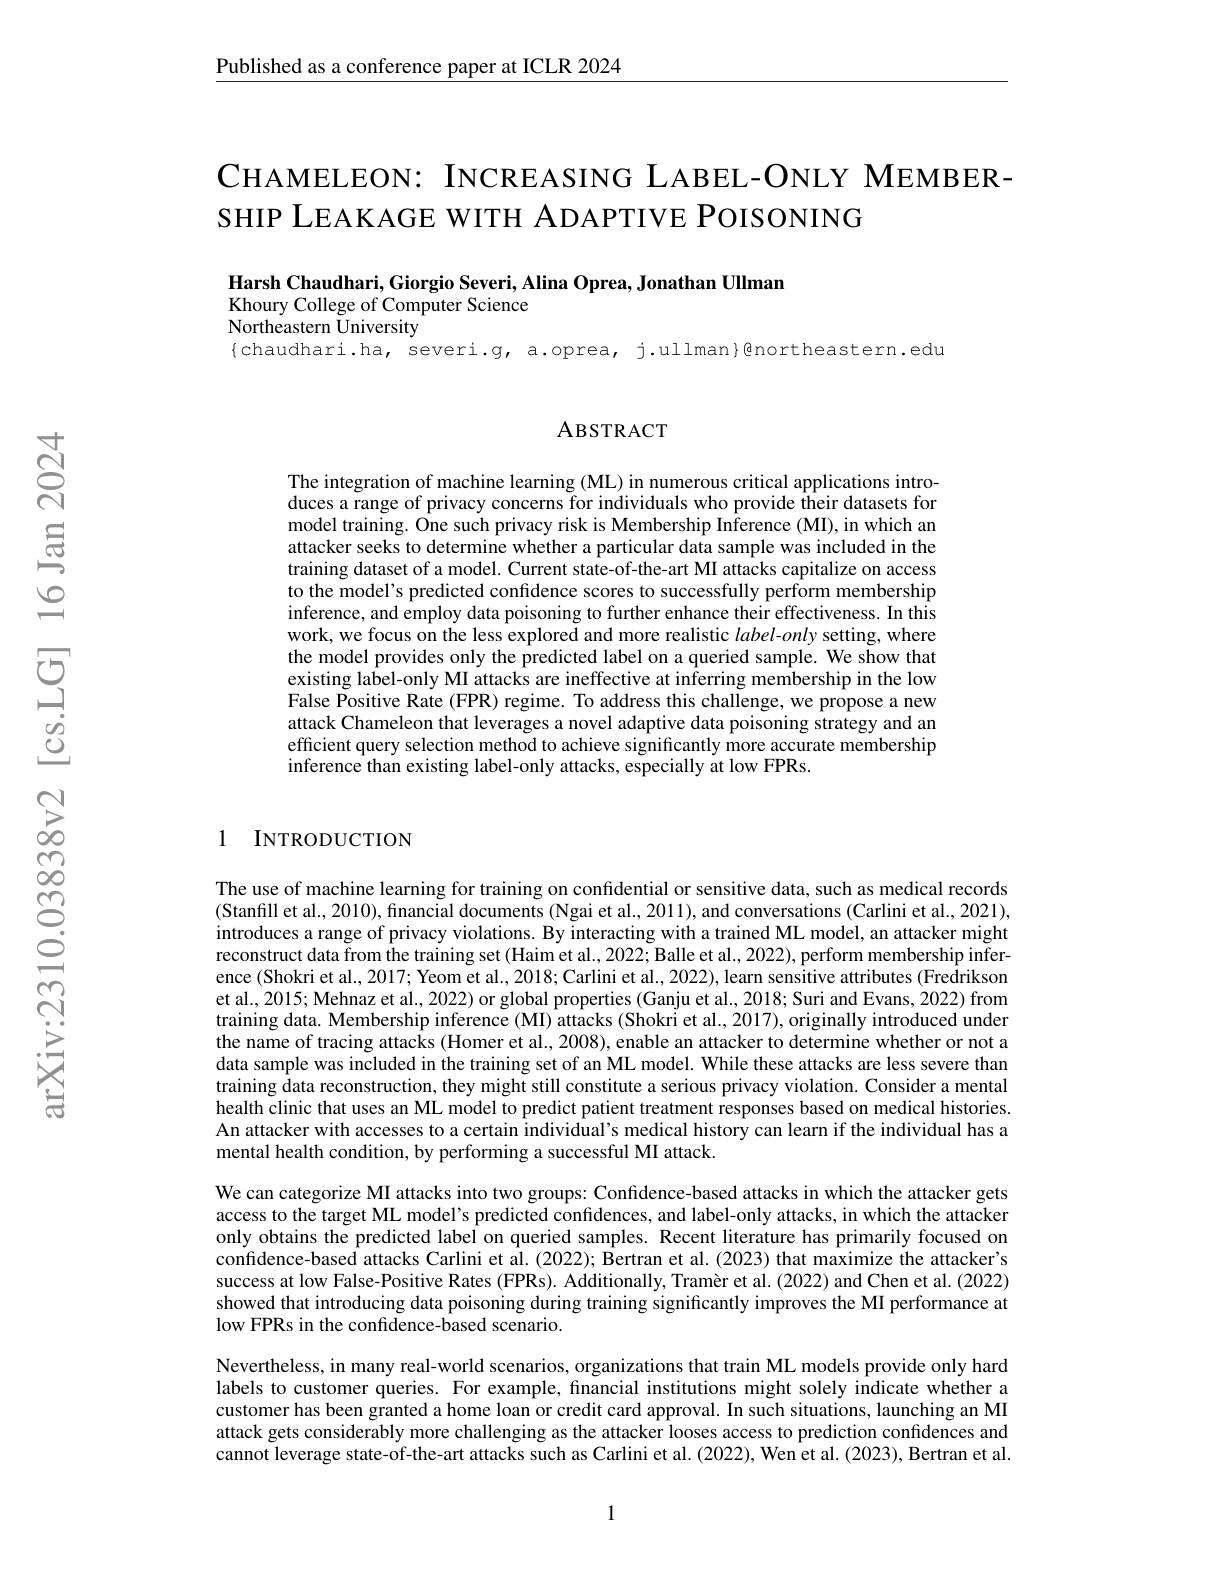
$\underline{\text{Published as a conference paper at ICLR 2024}}$

## CHAMELEON: INCREASING LABEL- ONLY MEMBER- SHIP LEAKAGE WITH ADAPTIVE POISONING

Harsh Chaudhari, Giorgio Severi, Alina Oprea, Jonathan Ullman

Khoury College of Computer Science

Northeastern University

$\{$chaudhari.ha, severi.g, a.oprea, j.ullman}@northeastern.edu

## ABSTRACT

The integration of machine learning (ML) in numerous critical applications introduces a range of privacy concerns for individuals who provide their datasets for model training. One such privacy risk is Membership Inference (MI), in which an attacker seeks to determine whether a particular data sample was included in the training dataset of a model. Current state-of-the-art MI attacks capitalize on access to the model's predicted confidence scores to successfully perform membership inference, and employ data poisoning to further enhance their effectiveness. In this work, we focus on the less explored and more realistic $label-only$ setting, where the model provides only the predicted label on a queried sample. We show that existing label-only MI attacks are ineffective at inferring membership in the low False Positive Rate (FPR) regime. To address this challenge, we propose a new attack Chameleon that leverages a novel adaptive data poisoning strategy and an efficient query selection method to achieve significantly more accurate membership inference than existing label-only attacks, especially at low FPRs.

1 INTRODUCTION

The use of machine learning for training on confidential or sensitive data, such as medical records (Stanfill et al., 2010), financial documents (Ngai et al., 2011), and conversations (Carlini et al., 2021), introduces a range of privacy violations. By interacting with a trained ML model, an attacker might reconstruct data from the training set (Haim et al., 2022; Balle et al., 2022), perform membership inference (Shokri et al., 2017; Yeom et al., 2018; Carlini et al., 2022), learn sensitive attributes (Fredrikson et al., 2015; Mehnaz et al., 2022) or global properties (Ganju et al., 2018; Suri and Evans, 2022) from training data. Membership inference (MI) attacks (Shokri et al., 2017), originally introduced under the name of tracing attacks (Homer et al., 2008), enable an attacker to determine whether or not a data sample was included in the training set of an ML model. While these attacks are less severe than training data reconstruction, they might still constitute a serious privacy violation. Consider a mental health clinic that uses an ML model to predict patient treatment responses based on medical histories. An attacker with accesses to a certain individual's medical history can learn if the individual has a mental health condition, by performing a successful MI attack.
We can categorize MI attacks into two groups: Confidence-based attacks in which the attacker gets access to the target ML model's predicted confidences, and label-only attacks, in which the attacker only obtains the predicted label on queried samples. Recent literature has primarily focused on confidence-based attacks Carlini et al. (2022); Bertran et al. (2023) that maximize the attacker's success at low False-Positive Rates (FPRs). Additionally, Tramèr et al.(2022) and Chen et al. (2022) showed that introducing data poisoning during training significantly improves the MI performance at low FPRs in the confidence-based scenario.
Nevertheless, in many real-world scenarios, organizations that train ML models provide only hard

labels to customer queries. For example, financial institutions might solely indicate whether a customer has been granted a home loan or credit card approval. In such situations, launching an MI attack gets considerably more challenging as the attacker looses access to prediction confidences and cannot leverage state-of-the-art attacks such as Carlini et al. (2022), Wen et al. (2023), Bertran et al.

1